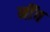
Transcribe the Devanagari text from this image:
नींंव